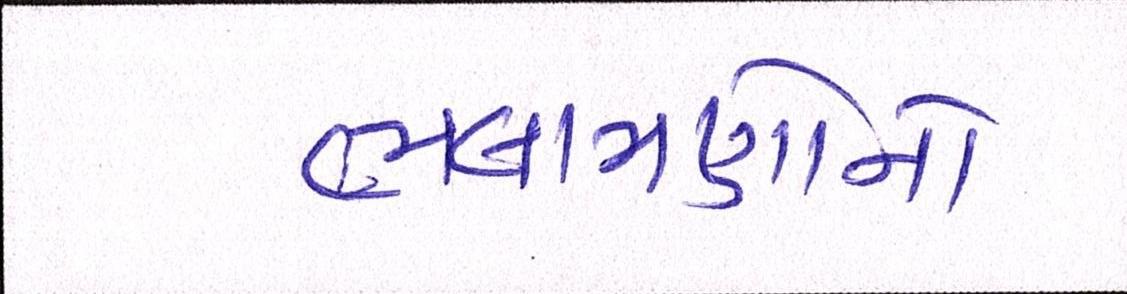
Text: ભલામણોનો